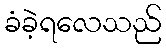
ခံခဲ့ရလေသည်